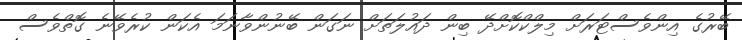
ބޭރުގެ އިންވެސްޓަރަށް މިލްކްކޮށްދޭ ބިން ދައުލަތަށް ނަގަން ބޭނުންވާނަމަ އެކަން ކުރެވޭނެ ގޮތްވެސް